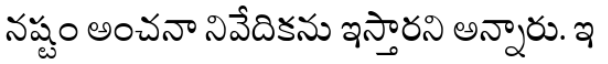
నష్టం అంచనా నివేదికను ఇస్తారని అన్నారు. ఇ